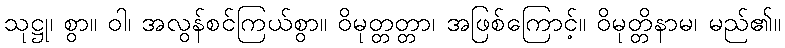
သုဋ္ဌု၊ စွာ။ ဝါ၊ အလွန်စင်ကြယ်စွာ။ ဝိမုတ္တတ္တာ၊ အဖြစ်ကြောင့်။ ဝိမုတ္တိနာမ၊ မည်၏။